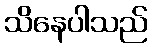
သိနေပါသည်